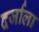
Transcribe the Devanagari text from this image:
दर्जाला